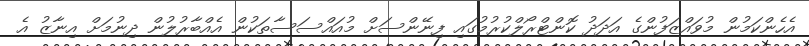
އެހެންކަމުން މުވައްޒަފުންގެ އަދަދު ކޮންޓްރޯލްކުރުމުގައި ފިނޭންސަށް މުއައްސަސާތަކުން އެއްބާރުލުން ދިނުމަށް އިނާޒު އެ